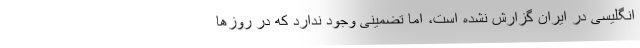
انگلیسی در ایران گزارش نشده است، اما تضمینی وجود ندارد که در روزها